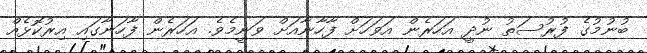
ބުނުމުގެ ފުރުސަތު ނުދީ އަހަރެން އަވަހަށް ފާހާނާއަށް ވަނީމެވެ. އަހަރެން ފާހަނާގައި އިރުކޮޅެއް